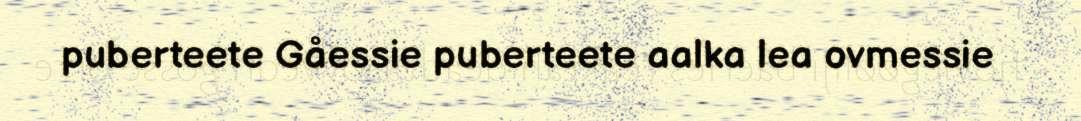
puberteete Gåessie puberteete aalka lea ovmessie